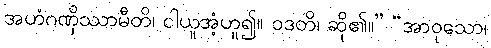
အဟံဂဏှိဿာမီတိ၊ ငါယူအံ့ဟူ၍။ ဝဒတိ၊ ဆို၏။” “အာဝုသော၊